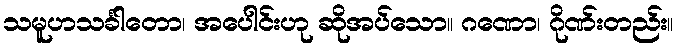
သမူဟသင်္ခါတော၊ အပေါင်းဟု ဆိုအပ်သော။ ဂဏော၊ ဂိုဏ်းတည်း။